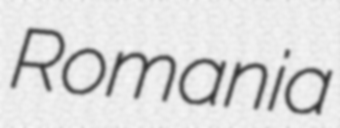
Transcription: Romania